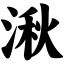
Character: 湫